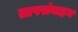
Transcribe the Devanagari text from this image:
तापसंवाहन